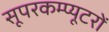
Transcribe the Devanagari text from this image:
सूपरकम्प्यूटरों